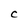
Character: C